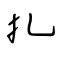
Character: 扎